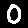
Digit: 0